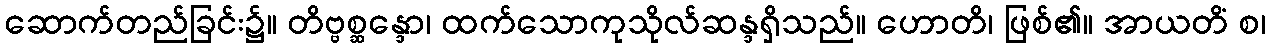
ဆောက်တည်ခြင်း၌။ တိဗ္ဗစ္ဆန္ဒော၊ ထက်သောကုသိုလ်ဆန္ဒရှိသည်။ ဟောတိ၊ ဖြစ်၏။ အာယတိံ စ၊